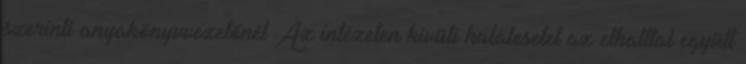
szerinti anyakönyvvezetőnél Az intézeten kívüli halálesetet az elhalttal együtt